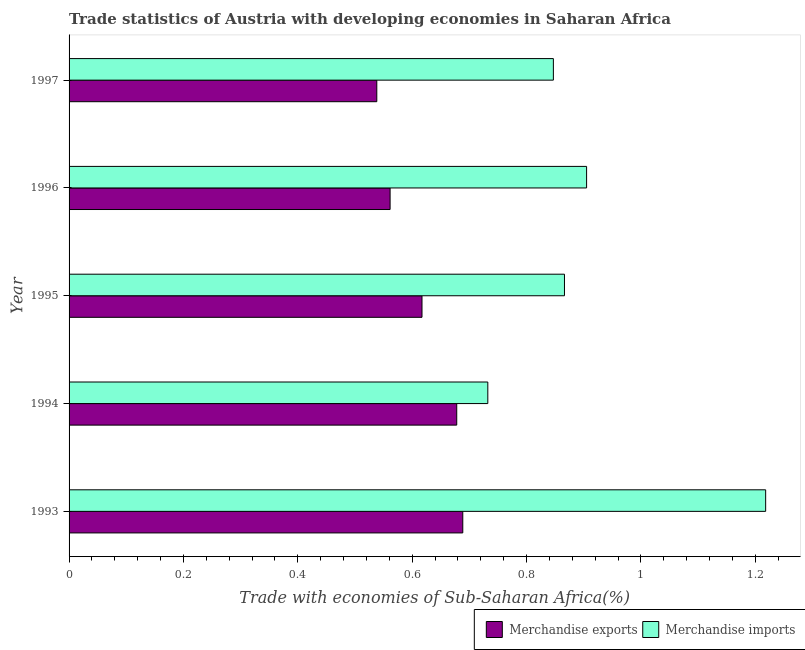
| Year | Merchandise exports | Merchandise imports |
 | --- | --- | --- |
 | 1993 | 0.689 | 1.22 |
 | 1994 | 0.678 | 0.732 |
 | 1995 | 0.617 | 0.866 |
 | 1996 | 0.561 | 0.905 |
 | 1997 | 0.538 | 0.847 |